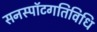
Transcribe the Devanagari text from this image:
सनस्पॉटगतिविधि